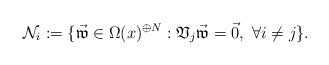
LaTeX: \begin{align*}\mathcal N_i := \{\vec{\mathfrak w}\in\Omega(x)^{\oplus N}: \mathfrak V_j\vec{\mathfrak w} =\vec 0, \ \forall i\neq j\}.\end{align*}